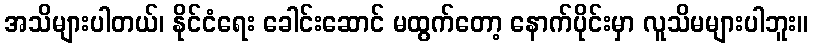
အသိများပါတယ်၊ နိုင်ငံရေး ခေါင်းဆောင် မထွက်တော့ နောက်ပိုင်းမှာ လူသိမများပါဘူး။